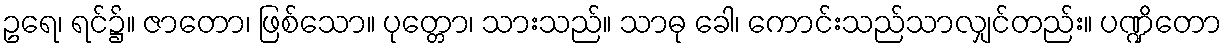
ဥရေ၊ ရင်၌။ ဇာတော၊ ဖြစ်သော။ ပုတ္တော၊ သားသည်။ သာဓု ခေါ၊ ကောင်းသည်သာလျှင်တည်း။ ပဏ္ဍိတော